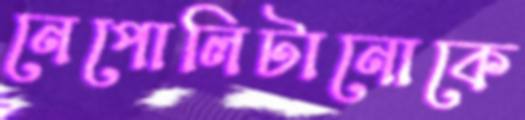
নেপোলিটানোকে